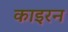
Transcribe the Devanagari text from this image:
काइरन